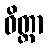
ဝိတ္တာ